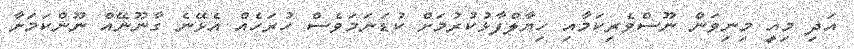
އަދި މިއީ މިނިވަން ނޫސްވެރިކަމާއި ހިޔާލްފާޅުކުރުމަށް ކުޑަނަމަވެސް ހުރަހެއް އެޅޭނެ ގާނޫނޭއް ނޫންކަމަށާ